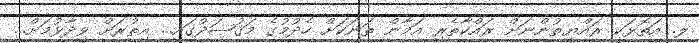
ލ. އަތޮޅަކީ ރައްޔިތުންނަށް ރައްކާތެރި އަމާން ތަނަކަށް ހެދުމުގެ މަޤުޞަދުގައި... އިތުރަށް ވިދާޅުމަށް...